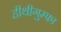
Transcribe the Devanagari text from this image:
हीथीगुम्फा